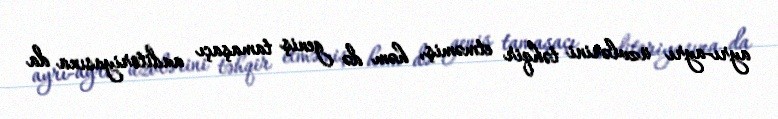
ayrı-ayrı üzvlərini təhqir etməmiş, həm də geniş tamaşaçı auditoriyasına da